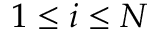
1 \leq i \leq N